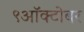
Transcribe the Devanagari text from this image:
९ऑक्टोबर